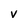
Character: v